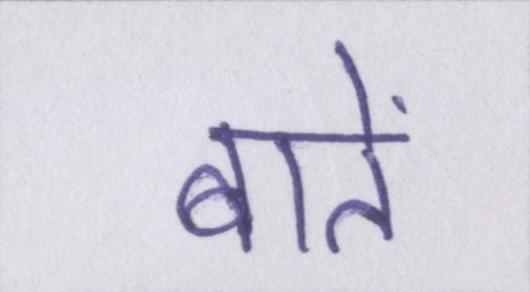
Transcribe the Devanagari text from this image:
बातें